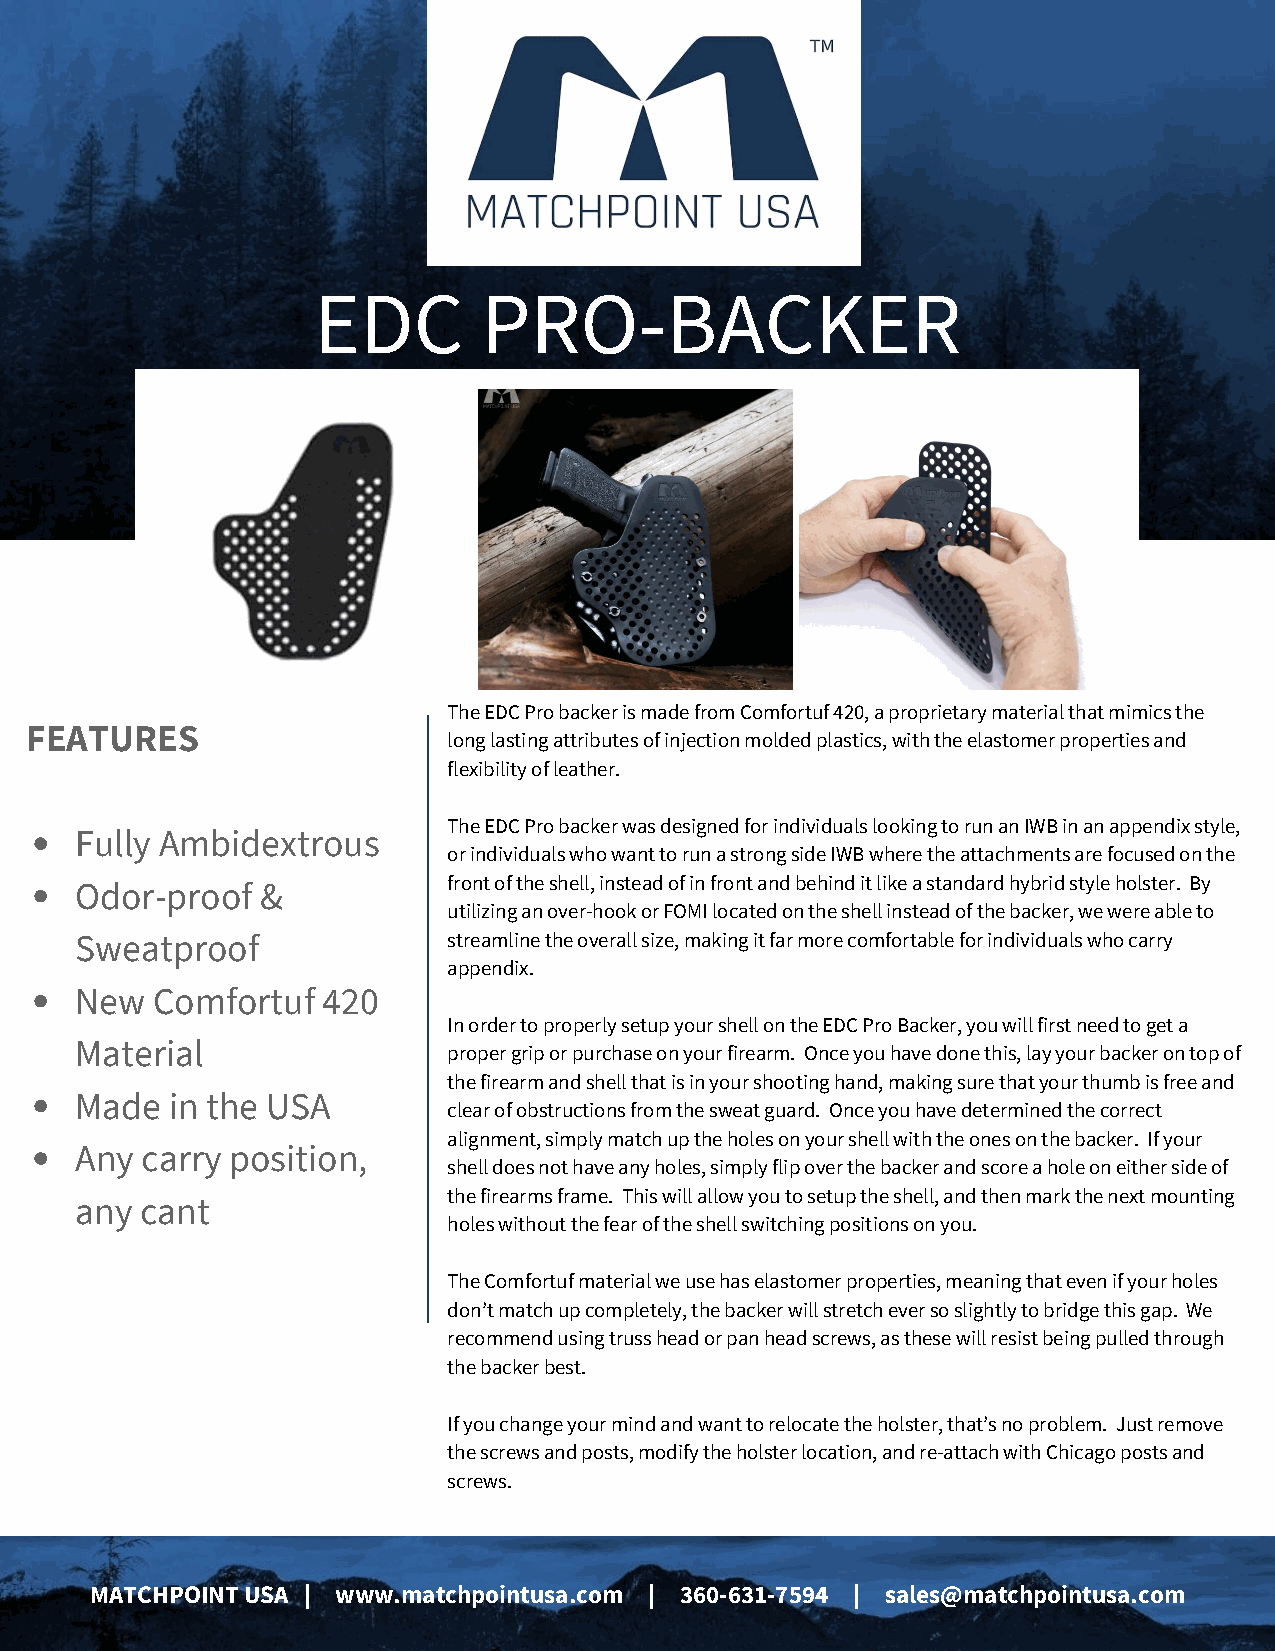
EDC        PRO-BACKER
 The EDC Pro backer is made from Comfortuf 420, a proprietary material that mimics the
 FEATURES
 long lasting attributes of injection molded plastics, with the elastomer properties and
 flexibility of leather.
 The EDC Pro backer was designed for individuals looking to run an IWB in an appendix style,
 Fully Ambidextrous
 or individuals who want to run a strong side IWB where the attachments are focused on the
 front of the shell, instead of in front and behind it like a standard hybrid style holster. By
 Odor-proof  &
 utilizing an over-hook or FOMI located on the shell instead of the backer, we were able to
 Sweatproof               streamline the overall size, making it far more comfortable for individuals who carry
 appendix.
 New  Comfortuf  420
 In order to properly setup your shell on the EDC Pro Backer, you will first need to get a
 Material
 proper grip or purchase on your firearm. Once you have done this, lay your backer on top of
 the firearm and shell that is in your shooting hand, making sure that your thumb is free and
 Made  in the USA
 clear of obstructions from the sweat guard. Once you have determined the correct
 alignment, simply match up the holes on your shell with the ones on the backer. If your
 Any carry position,
 shell does not have any holes, simply flip over the backer and score a hole on either side of
 the firearms frame. This will allow you to setup the shell, and then mark the next mounting
 any cant
 holes without the fear of the shell switching positions on you.
 The Comfortuf material we use has elastomer properties, meaning that even if your holes
 don’t match up completely, the backer will stretch ever so slightly to bridge this gap. We
 recommend using truss head or pan head screws, as these will resist being pulled through
 the backer best.
 If you change your mind and want to relocate the holster, that’s no problem. Just remove
 the screws and posts, modify the holster location, and re-attach with Chicago posts and
 screws.
 MATCHPOINT USA | www.matchpointusa.com | 360-631-7594 | sales@matchpointusa.com